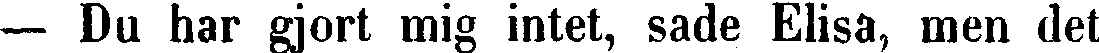
— Du har gjort mig intet, sade Elisa, men det